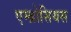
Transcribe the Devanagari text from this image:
एम्ब्रोसियस